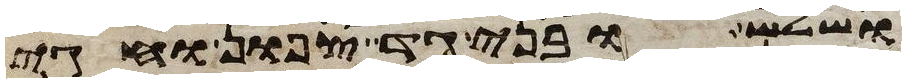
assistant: ושלש ובני גד צפון וחגי